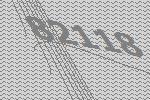
82118